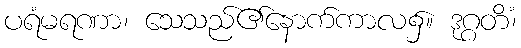
ပရံမရဏာ၊ သေသည်၏နောက်ကာလ၌။ ဒုဂ္ဂတိံ၊